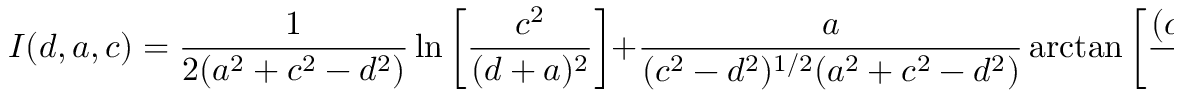
I ( d , a , c ) = { \frac { 1 } { 2 ( a ^ { 2 } + c ^ { 2 } - d ^ { 2 } ) } } \ln \left[ { \frac { c ^ { 2 } } { ( d + a ) ^ { 2 } } } \right] + { \frac { a } { ( c ^ { 2 } - d ^ { 2 } ) ^ { 1 / 2 } ( a ^ { 2 } + c ^ { 2 } - d ^ { 2 } ) } } \arctan \left[ \frac { ( c ^ { 2 } - d ^ { 2 } ) ^ { 1 / 2 } } { d } \right] .